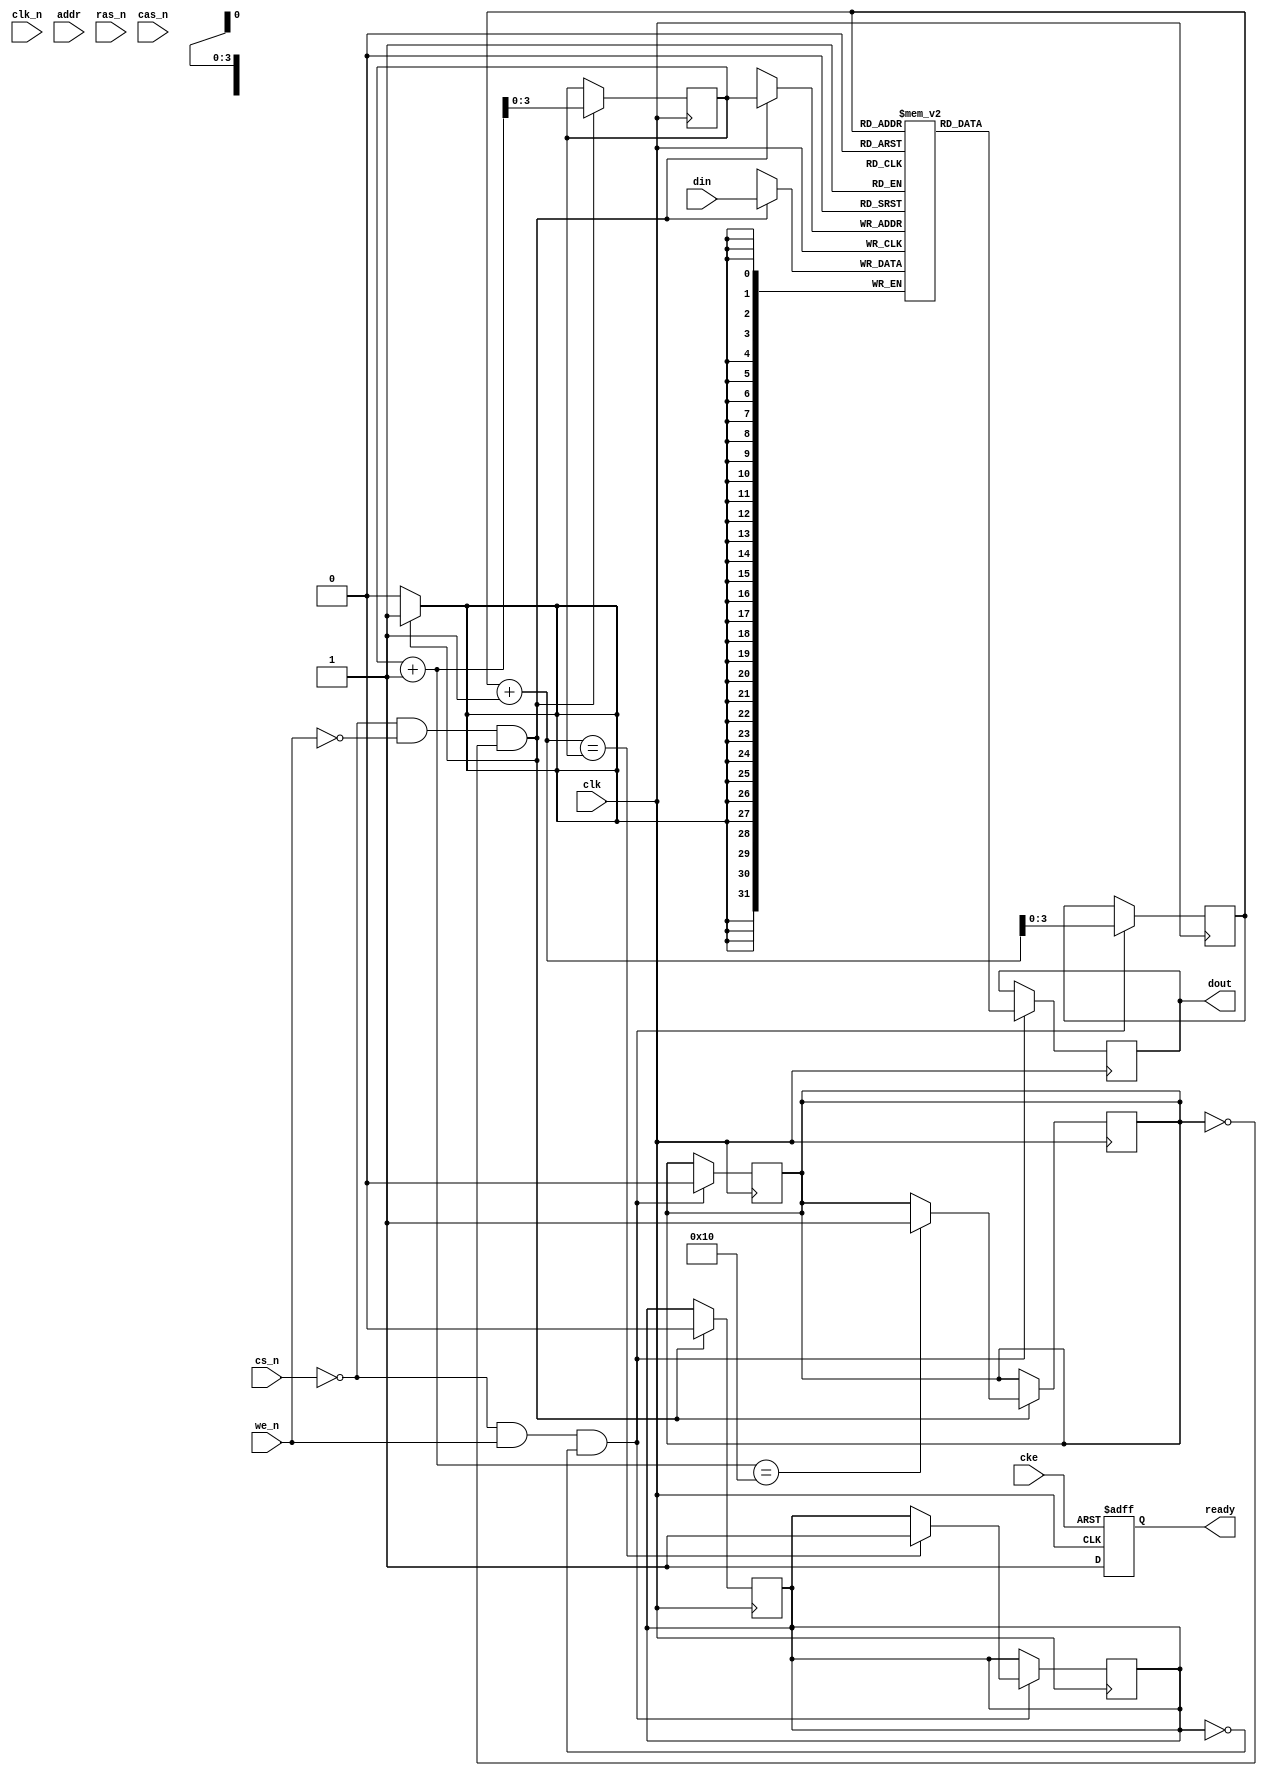
module ddr3_sdram_io #(
    parameter DATA_WIDTH = 32,       // Data bus width
    parameter ADDR_WIDTH = 16,       // Address bus width
    parameter FIFO_DEPTH = 16         // FIFO depth for buffers
)(
    input wire clk,                   // DDR3 clock
    input wire clk_n,                 // DDR3 clock inverted
    input wire cke,                   // Clock enable
    input wire [ADDR_WIDTH-1:0] addr, // Address bus
    input wire [DATA_WIDTH-1:0] din,  // Data input
    input wire we_n,                  // Write enable (active low)
    input wire cs_n,                  // Chip select (active low)
    input wire ras_n,                 // Row Address Strobe (active low)
    input wire cas_n,                 // Column Address Strobe (active low)
    input wire we_n,                  // Write Enable (active low)
    output reg [DATA_WIDTH-1:0] dout, // Data output
    output reg ready                  // Ready signal for operation
);

// Internal signals
reg [DATA_WIDTH-1:0] fifo_buffer [0:FIFO_DEPTH-1]; // Data buffer FIFO
reg [ADDR_WIDTH-1:0] current_addr;                  // Current address register
reg [3:0] write_pointer;                             // FIFO write pointer
reg [3:0] read_pointer;                              // FIFO read pointer
reg fifo_empty, fifo_full;

// Initializations
initial begin
    write_pointer = 0;
    read_pointer = 0;
    fifo_empty = 1;
    fifo_full = 0;
end

// Write operation
always @(posedge clk) begin
    if (!cs_n && !we_n && !fifo_full) begin
        // Write data to FIFO
        fifo_buffer[write_pointer] <= din;
        write_pointer <= write_pointer + 1;
        fifo_empty <= 0;
        if (write_pointer + 1 == FIFO_DEPTH) fifo_full <= 1; // Check if full
    end
end

// Read operation
always @(posedge clk) begin
    if (!cs_n && we_n && !fifo_empty) begin
        // Read data from FIFO
        dout <= fifo_buffer[read_pointer];
        read_pointer <= read_pointer + 1;
        fifo_full <= 0;
        if (read_pointer + 1 == write_pointer) fifo_empty <= 1; // Check if empty
    end
end

// Timing control logic (simplified)
always @(posedge clk or negedge cke) begin
    if (!cke) begin
        ready <= 0; // Device not ready when CKE is low
    end else begin
        ready <= 1; // Device ready when CKE is high
    end
end

// Command and address handling (not fully implemented here)
always @(posedge clk) begin
    if (!cs_n) begin
        current_addr <= addr; // Latch address on command assert
    end
end

// Power management
always @(posedge clk) begin
    if (!cke) begin
        // Handle low-power states if needed
    end
end

endmodule